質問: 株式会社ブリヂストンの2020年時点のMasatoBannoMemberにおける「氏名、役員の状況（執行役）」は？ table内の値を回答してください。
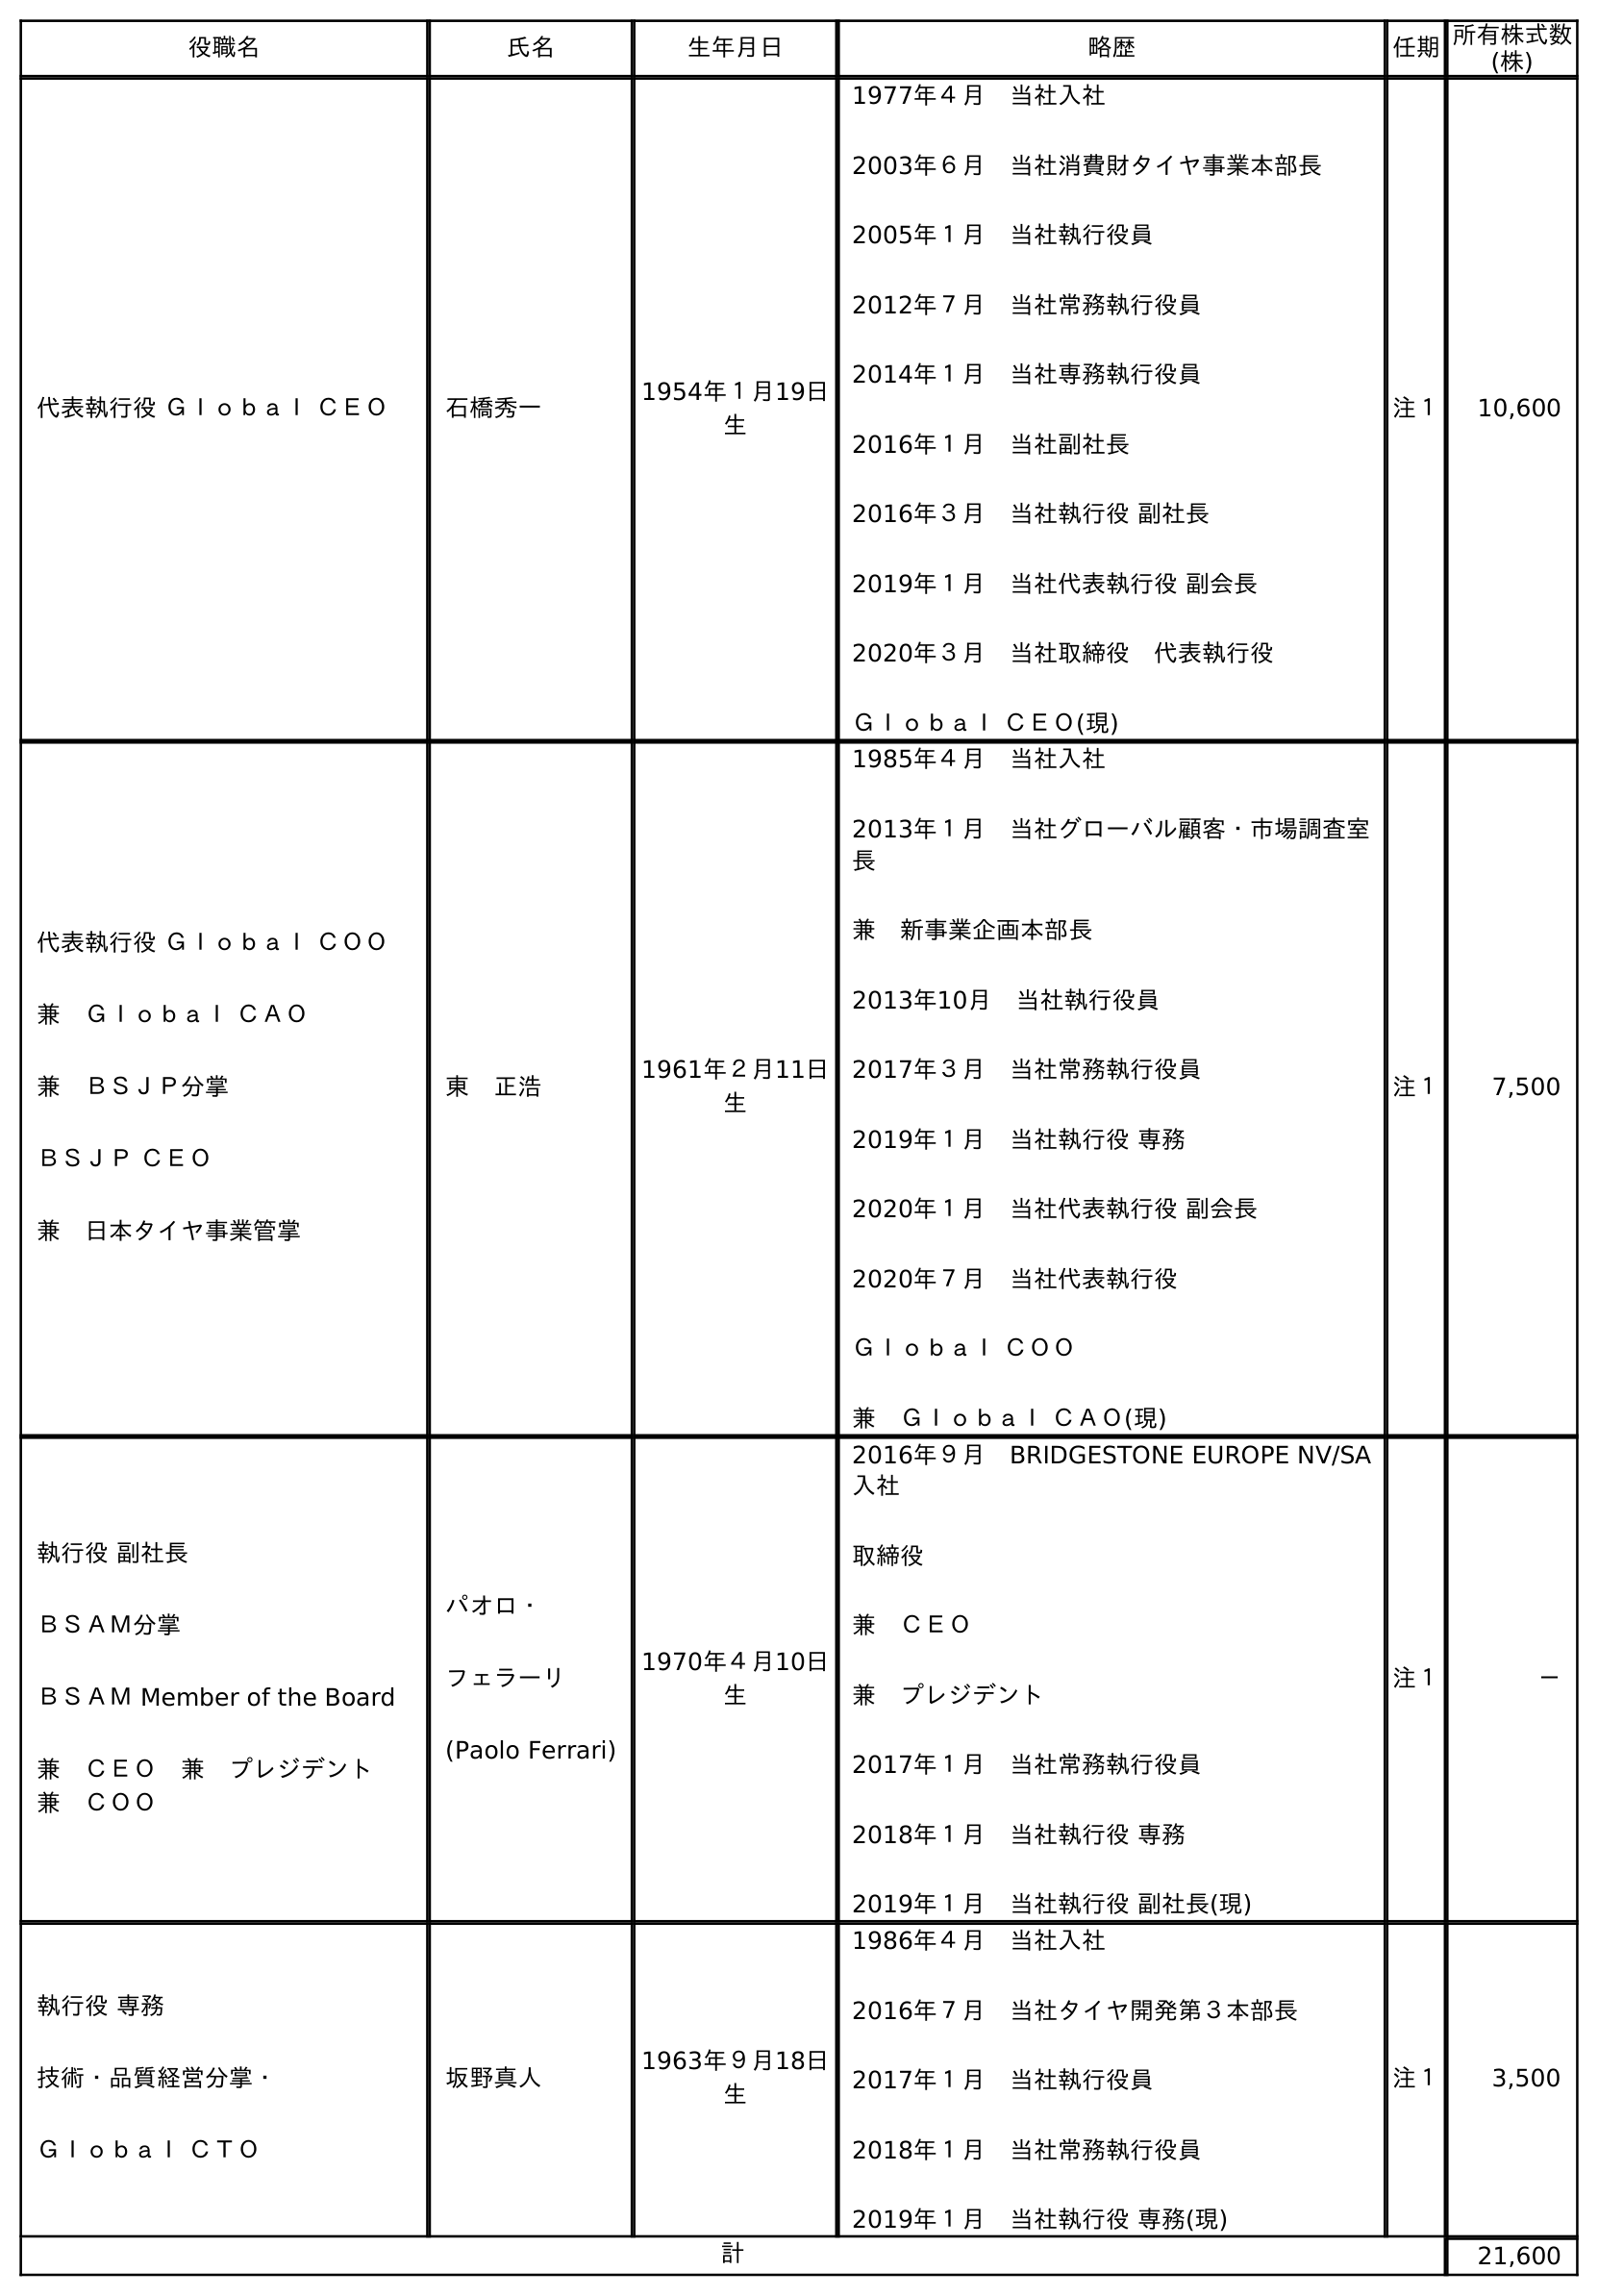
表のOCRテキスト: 役職名 氏名 生年月日 略歴 任期所有株式数 (株) 代表執行役 Ｇｌｏｂａｌ ＣＥＯ 石橋秀一 1954年１月19日 生 1977年４月 当社入社 2003年６月 当社消費財タイヤ事業本部長 2005年１月 当社執行役員 2012年７月 当社常務執行役員 2014年１月 当社専務執行役員 2016年１月 当社副社長 2016年３月 当社執行役 副社長 2019年１月 当社代表執行役 副会長 2020年３月 当社取締役 代表執行役 Ｇｌｏｂａｌ ＣＥＯ(現) 注１ 10,600 代表執行役 Ｇｌｏｂａｌ ＣＯＯ 兼 Ｇｌｏｂａｌ ＣＡＯ 兼 ＢＳＪＰ分掌 ＢＳＪＰ ＣＥＯ 兼 日本タイヤ事業管掌 東 正浩 1961年２月11日 生 1985年４月 当社入社 2013年１月 当社グローバル顧客・市場調査室 長 兼 新事業企画本部長 2013年10月 当社執行役員 2017年３月 当社常務執行役員 2019年１月 当社執行役 専務 2020年１月 当社代表執行役 副会長 2020年７月 当社代表執行役 Ｇｌｏｂａｌ ＣＯＯ 兼 Ｇｌｏｂａｌ ＣＡＯ(現) 注１ 7,500 執行役 副社長 ＢＳＡＭ分掌 ＢＳＡＭ Member of the Board 兼 ＣＥＯ 兼 プレジデント  兼 ＣＯＯ パオロ・ フェラーリ (Paolo Ferrari) 1970年４月10日 生 2016年９月 BRIDGESTONE EUROPE NV/SA 入社 取締役 兼 ＣＥＯ 兼 プレジデント 2017年１月 当社常務執行役員 2018年１月 当社執行役 専務 2019年１月 当社執行役 副社長(現) 注１ － 執行役 専務 技術・品質経営分掌・ Ｇｌｏｂａｌ ＣＴＯ 坂野真人 1963年９月18日 生 1986年４月 当社入社 2016年７月 当社タイヤ開発第３本部長 2017年１月 当社執行役員 2018年１月 当社常務執行役員 2019年１月 当社執行役 専務(現) 注１ 3,500 計 21,600
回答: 坂野真人